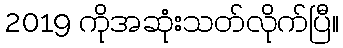
2019 ကိုအဆုံးသတ်လိုက်ပြီ။